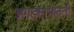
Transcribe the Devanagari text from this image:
झगड्याभोवती